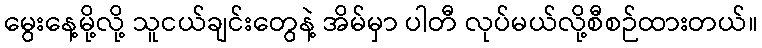
မွေးနေ့မို့လို့ သူငယ်ချင်းတွေနဲ့ အိမ်မှာ ပါတီ လုပ်မယ်လို့စီစဉ်ထားတယ်။